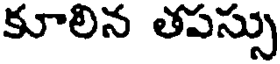
కూలిన తపస్సు